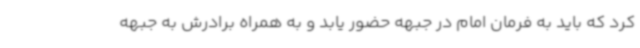
کرد که باید به فرمان امام در جبهه حضور یابد و به همراه برادرش به جبهه